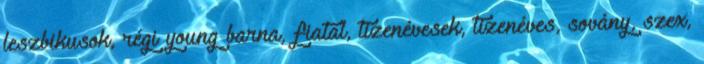
leszbikusok, régi young barna, fiatal, tizenévesek, tizenéves, sovány, szex,